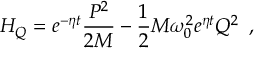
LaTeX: H _ { Q } = e ^ { - \eta t } \frac { P ^ { 2 } } { 2 M } - \frac 1 2 M \omega _ { 0 } ^ { 2 } e ^ { \eta t } Q ^ { 2 } \, \, \, ,